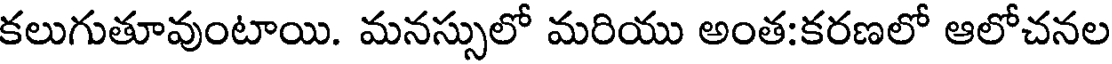
కలుగుతూవుంటాయి. మనస్సులో మరియు అంత:కరణలో ఆలోచనల